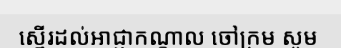
ស្នើរដល់អាជ្ញាកណ្តាល ចៅក្រម សូម